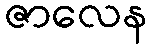
ဇာလေန